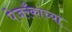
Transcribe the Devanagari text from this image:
पेजरँकांच्या